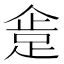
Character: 𰸍